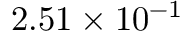
2 . 5 1 \times 1 0 ^ { - 1 }